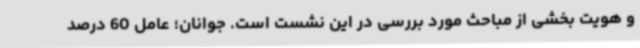
و هویت بخشی از مباحث مورد بررسی در این نشست است. جوانان؛ عامل 60 درصد